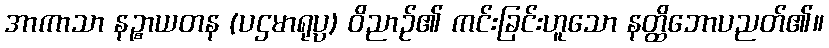
အာကာသာ နဉ္စာယတန (ပဌမာရုပ္ပ) ဝိညာဉ်၏ ကင်းခြင်းဟူသော နတ္ထိဘောပညတ်၏။